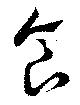
食